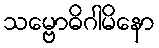
သမ္ဗောဓိဂါမိနော